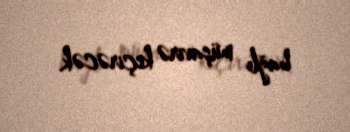
bağlı müşavirə keçirəcək.